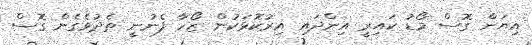
އިޔަން ގޮސް މޯޑު ކައިރީ އިންދައި އިރުކޮޅަކުން ޒޯހާ ފެނުނީ ތެދުވެގެން ގޮސް